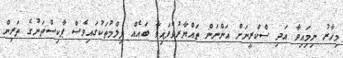
މިހާރު ނިމިައިވާ އަދި ސްކްރީނަށް އަންނަން ތައްޔާރުވެފައިވާ ބައެއް ފިލްމުތަކުގައިވެސް ޕާކިސްތަނުގެ ތަރިން